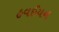
હવઈયન